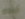
أريده